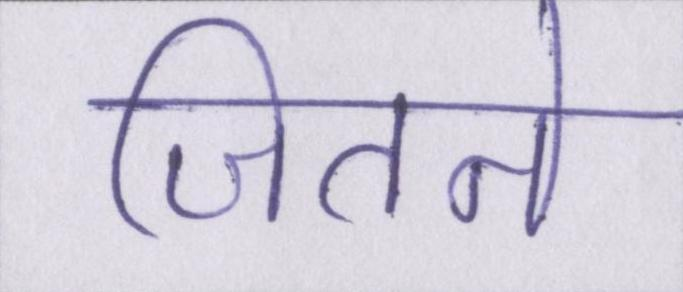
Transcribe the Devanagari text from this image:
जितने